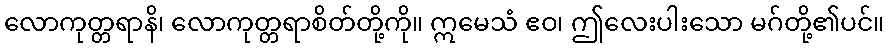
လောကုတ္တရာနိ၊ လောကုတ္တရာစိတ်တို့ကို။ ဣမေသံ ဧဝ၊ ဤလေးပါးသော မဂ်တို့၏ပင်။